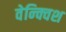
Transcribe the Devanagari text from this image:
वेन्क्विश